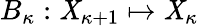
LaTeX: {B_{\kappa}}:\mathit{X}_{\kappa+1}\mapsto\mathit{X}_{\kappa}